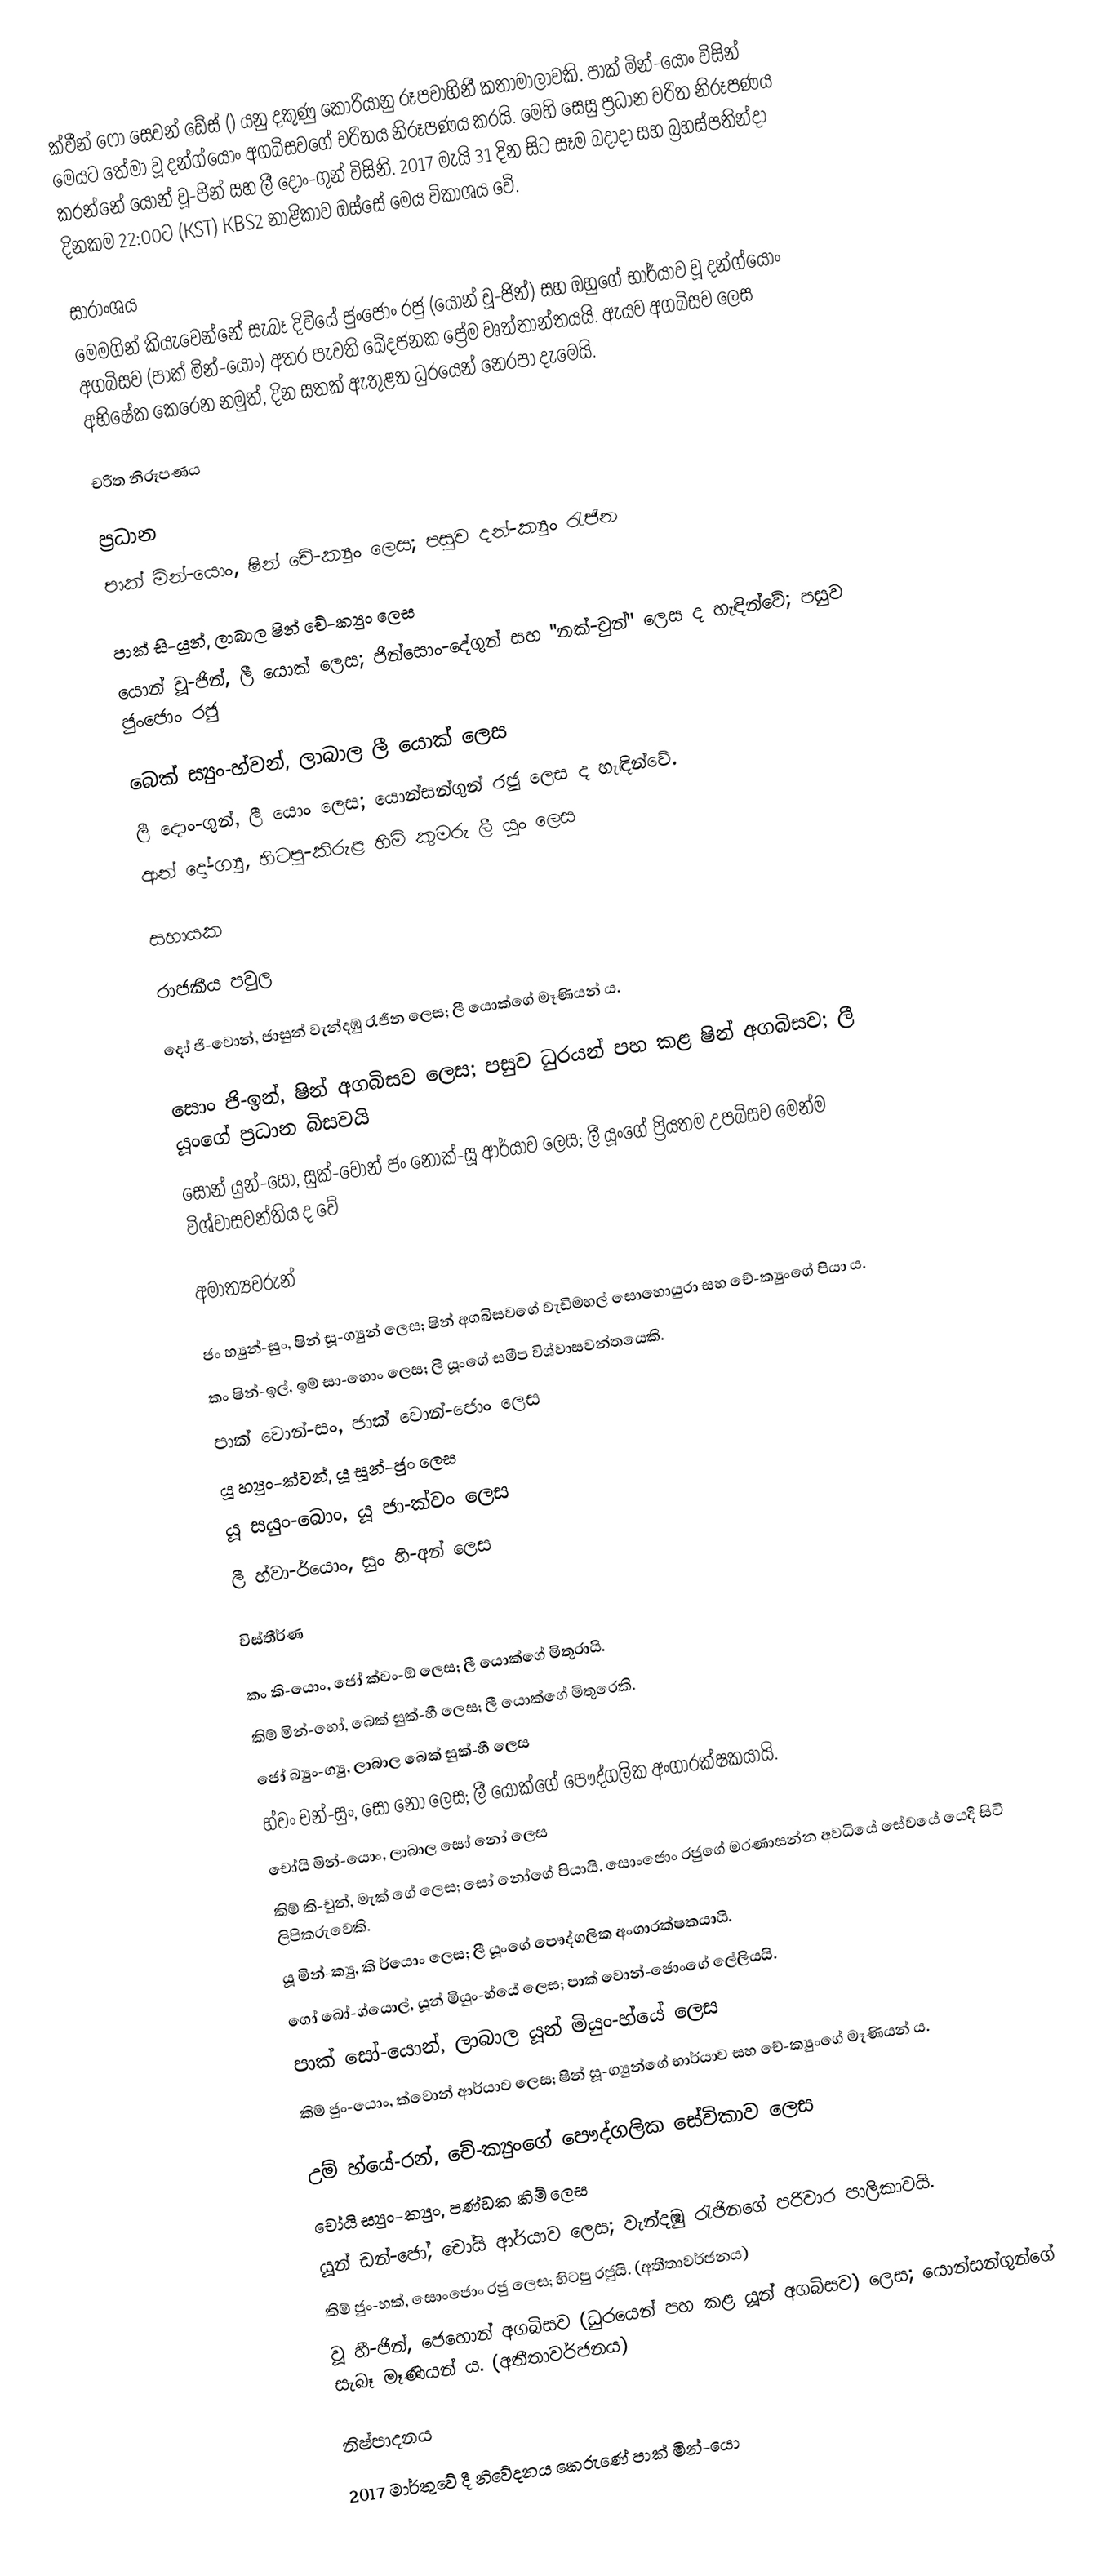
ක්වීන් ෆෝ සෙවන් ඩේස් () යනු දකුණු කොරියානු රූපවාහිනී කතාමාලාවකි. පාක් මින්-යොං විසින් මෙයට තේමා වූ දන්ග්යොං අගබිසවගේ චරිතය නිරූපණය කරයි. මෙහි සෙසු ප්‍රධාන චරිත නිරූපණය කරන්නේ යොන් වූ-ජින් සහ ලී දොං-ගුන් විසිනි. 2017 මැයි 31 දින සිට සෑම බදාදා සහ බ්‍රහස්පතින්දා දිනකම 22:00ට (KST) KBS2 නාළිකාව ඔස්සේ මෙය විකාශය වේ.

සාරාංශය
මෙමගින් කියැවෙන්නේ සැබෑ දිවියේ ජුංජොං රජු (යොන් වූ-ජින්) සහ ඔහුගේ භාර්යාව වූ දන්ග්යොං අගබිසව (පාක් මින්-යොං) අතර පැවති ඛේදජනක ප්‍රේම වෘත්තාන්තයයි. ඇයව අගබිසව ලෙස අභිෂේක කෙරෙන නමුත්, දින සතක් ඇතුළත ධුරයෙන් නෙරපා දැමෙයි.

චරිත නිරූපණය

ප්‍රධාන
පාක් මින්-යොං, ෂින් චේ-ක්‍යුං ලෙස; පසුව දන්-ක්‍යුං රැජින

පාක් සි-යුන්, ලාබාල ෂින් චේ-ක්‍යුං ලෙස
යොන් වූ-ජින්, ලී යොක් ලෙස; ජින්සොං-දේගුන් සහ "නක්-චුන්" ලෙස ද හැඳින්වේ; පසුව ජුංජොං රජු

බෙක් ස්‍යුං-හ්වන්, ලාබාල ලී යොක් ලෙස
ලී දොං-ගුන්, ලී යොං ලෙස; යොන්සන්ගුන් රජු ලෙස ද හැඳින්වේ.
ආන් දෝ-ග්‍යු, හිටපු-කිරුළ හිමි කුමරු ලී යූං ලෙස

සහායක

රාජකීය පවුල

දෝ ජි-වොන්, ජාසුන් වැන්දඹු රැජින ලෙස; ලී යොක්ගේ මෑණියන් ය.

සොං ජි-ඉන්, ෂින් අගබිසව ලෙස; පසුව ධුරයන් පහ කළ ෂින් අගබිසව; ලී යූංගේ ප්‍රධාන බිසවයි
සොන් යුන්-සෝ, සුක්-වොන් ජං නොක්-සූ ආර්යාව ලෙස; ලී යූංගේ ප්‍රියතම උපබිසව මෙන්ම විශ්වාසවන්තිය ද වේ

අමාත්‍යවරුන්

ජං හ්‍යුන්-සුං, ෂින් සූ-ග්‍යුන් ලෙස; ෂින් අගබිසවගේ වැඩිමහල් සොහොයුරා සහ චේ-ක්‍යුංගේ පියා ය.
කං ෂින්-ඉල්, ඉම් සා-හොං ලෙස; ලී යූංගේ සමීප විශ්වාසවන්තයෙකි.
පාක් වොන්-සං, ජාක් වොන්-ජොං ලෙස
යූ හ්‍යුං-ක්වන්, යූ ‍සූන්-ජුං ලෙස
යූ සයුං-බොං, යූ ජා-ක්වං ලෙස
ලී හ්වා-ර්යොං, සුං හී-අන් ලෙස

විස්තීර්ණ

කං කි-යොං, ජෝ ක්වං-ඕ ලෙස; ලී යොක්ගේ මිතුරායි.
කිම් මින්-හෝ, බෙක් සුක්-හී ලෙස; ලී යොක්ගේ මිතුරෙකි.
ජෝ බ්‍යුං-ග්‍යු, ලාබාල බෙක් සුක්-හී ලෙස
හ්වං චන්-සුං, සෝ නෝ ලෙස; ලී යොක්ගේ පෞද්ගලික අංගාරක්ෂකයායි.
චෝයි මින්-යොං, ලාබාල සෝ නෝ ලෙස
කිම් කි-චුන්, මැක් ගේ ලෙස; සෝ නෝගේ පියායි. සොංජොං රජුගේ මරණාසන්න අවධියේ සේ‍වයේ යෙදී සිටි ලිපිකරුවෙකි.
යූ මින්-ක්‍යු, කි ර්යොං ලෙස; ලී යූංගේ පෞද්ගලික අංගාරක්ෂකයායි.
ගෝ බෝ-ග්යොල්, යූන් මියුං-හ්යේ ලෙස; පාක් වොන්-ජොංගේ ලේලියයි.
පාක් සෝ-යොන්, ලාබාල යූන් මියුං-හ්යේ ලෙස
කිම් ජුං-යොං, ක්වොන් ආර්යාව ලෙස; ෂින් සූ-ග්‍යුන්ගේ භාර්යාව සහ චේ-ක්‍යුංගේ මෑණියන් ය.

උම් හ්යේ-රන්, චේ-ක්‍යුංගේ පෞද්ගලික සේවිකාව ලෙස
චෝයි ස්‍යුං-ක්‍යුං, පණ්ඩක කිම් ලෙස
යූන් ඩන්-ජෝ, චෝයි ආර්යාව ලෙස; වැන්දඹු රැජිනගේ පරිවාර පාලිකාවයි.
කිම් ජුං-හක්, සොංජොං රජු ලෙස; හිටපු රජුයි. (අතීතාවර්ජනය)
වූ හී-ජින්, ජෙහොන් අගබිසව (ධුරයෙන් පහ කළ යූන් අගබිසව) ලෙස; යොන්සන්ගුන්ගේ සැබෑ මෑණියන් ය. (අතීතාවර්ජනය)

නිෂ්පාදනය
2017 මාර්තුවේ දී නිවේදනය කෙරුණේ පාක් මින්-යො